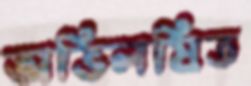
অভিলষিত